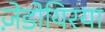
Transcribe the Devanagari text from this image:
ज़ेडोयिरया